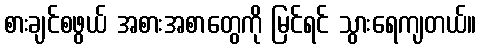
စားချင်စဖွယ် အစားအစာတွေကို မြင်ရင် သွားရေကျတယ်။